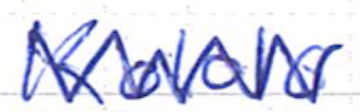
Text: Kololo
Cross-out: zig-zag
Writing tool: ballpoint